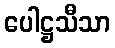
ပေါဋ္ဌသီသာ